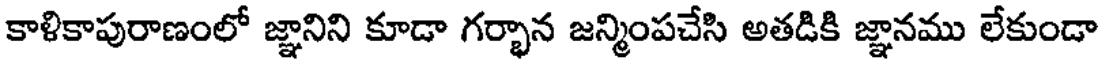
కాళికాపురాణంలో జ్ఞానిని కూడా గర్భాన జన్మింపచేసి అతడికి జ్ఞానము లేకుండా